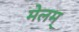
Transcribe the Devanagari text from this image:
मेलम्